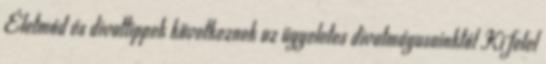
Életmód és divattippek következnek az ügyeletes divatmágusainktól Ki felel